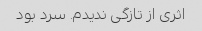
اثری از تازگی ندیدم. سرد بود